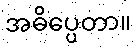
အဓိပ္ပေတာ။